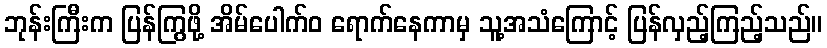
ဘုန်းကြီးက ပြန်ကြွဖို့ အိမ်ပေါက်ဝ ရောက်နေကာမှ သူ့အသံကြောင့် ပြန်လှည့်ကြည့်သည်။